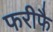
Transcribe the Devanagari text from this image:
फरीफै